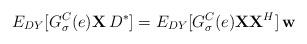
LaTeX: \begin{align*}E_{DY}[G^{C}_{\sigma}(e)\textbf{X}\,D^{*}] = E_{DY}[G^{C}_{\sigma}(e)\textbf{XX}^{H}]\,\textbf{w}\end{align*}